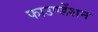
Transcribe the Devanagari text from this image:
फाउण्डेंशन